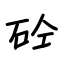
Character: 砼